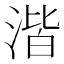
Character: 湝